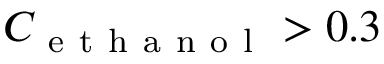
C _ { \mathrm { ~ e ~ t ~ h ~ a ~ n ~ o ~ l ~ } } > 0 . 3